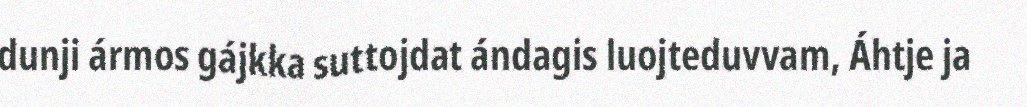
dunji ármos gájkka suttojdat ándagis luojteduvvam, Áhtje ja